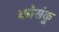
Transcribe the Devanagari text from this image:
कोसंकु